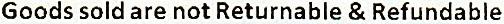
GOODS SOLD ARE NOT RETURNABLE & REFUNDABLE